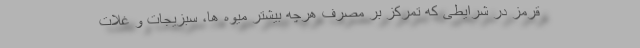
قرمز در شرایطی که تمرکز بر مصرف هرچه بیشتر میوه ها، سبزیجات و غلات